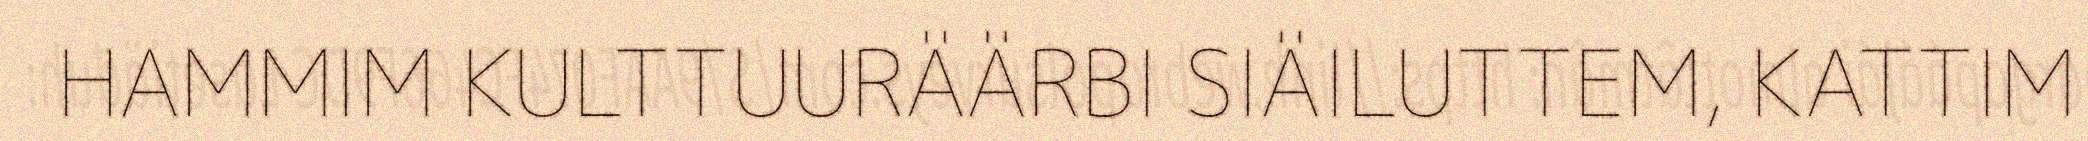
HAMMIM KULTTUURÄÄRBI SIÄILUTTEM, KATTIM